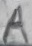
Text: A